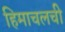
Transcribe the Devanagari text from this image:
हिमाचलची